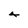
Character: 4